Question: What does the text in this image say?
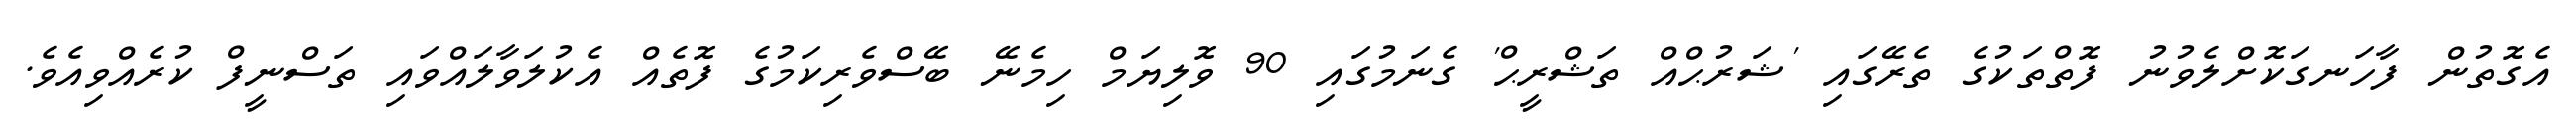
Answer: އެގޮތުން ފާހަނގަކޮށްލެވުނު ފޮތްތަކުގެ ތެރޭގައި 'ޝަރުޙްއް ތަޝްރީޙް' ގެނަމުގައި 90 ވޮލިޔަމް ހިމެނޭ ބޭސްވެރިކަމުގެ ފޮތެއް އެކުލަވާލައްވައި ތަސްނީފް ކުރެއްވިއެވެ.